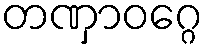
တဏှာဝဂ္ဂေ